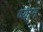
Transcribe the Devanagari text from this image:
ष्याम